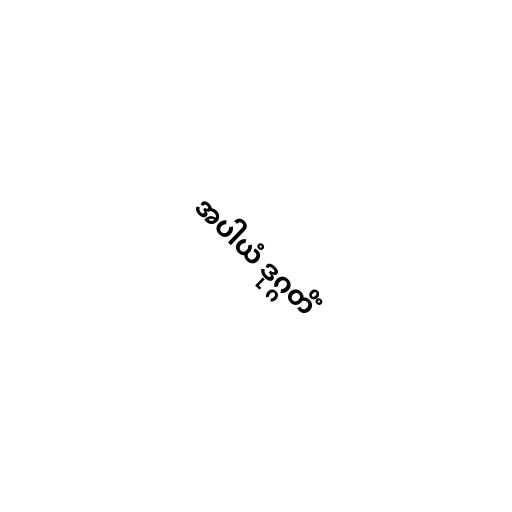
အပါယံ ဒုဂ္ဂတိံ